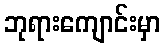
ဘုရားကျောင်းမှာ